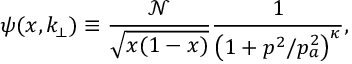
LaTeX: \psi ( x , k _ { \! \perp } ) \equiv \frac { \mathcal { N } } { \sqrt { x ( 1 - x ) } } \frac { 1 } { \left( 1 + p ^ { 2 } / p _ { a } ^ { 2 } \right) ^ { \kappa } } ,